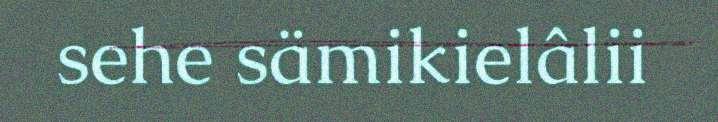
sehe sämikielâlii